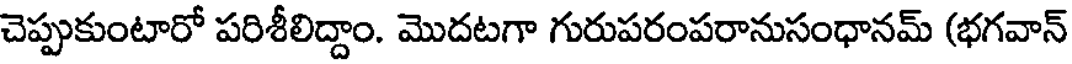
చెప్పుకుంటారో పరిశీలిద్దాం. మొదటగా గురుపరంపరానుసంధానమ్ (భగవాన్